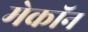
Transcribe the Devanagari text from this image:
मेकॉन